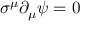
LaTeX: \sigma ^ { \mu } \partial _ { \mu } \psi = 0